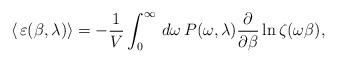
LaTeX: \begin{align*}\langle\,\varepsilon(\beta,\lambda)\rangle=-\frac{1}{V}\int_{0}^{\infty}\,d\omega\,P(\omega,\lambda)\frac{\partial}{\partial\beta}\ln\zeta(\omega\beta),\end{align*}